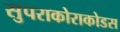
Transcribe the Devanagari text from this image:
सुपराकोराकोडस